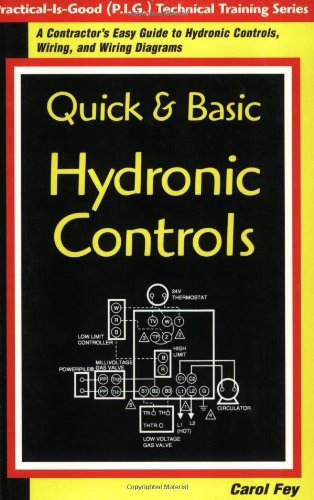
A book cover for Quick & Basic Hydronic Controls : A Contractor's Easy Guide to Hydronic Controls, Wiring, and Wiring Diagrams (Practice-Is-Good (P.I.G.) Technical Training Series); Carol Fey; Science & Math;